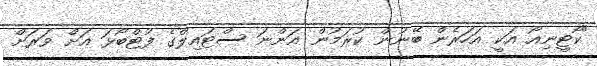
"ކޯޓީނިއޯ އަކީ އަހަރެން ބޭނުން ކުރަމުން އަންނަ ސްޓައިލްގެ ފުޓްބޯޅަ އަށް ވަރަށް